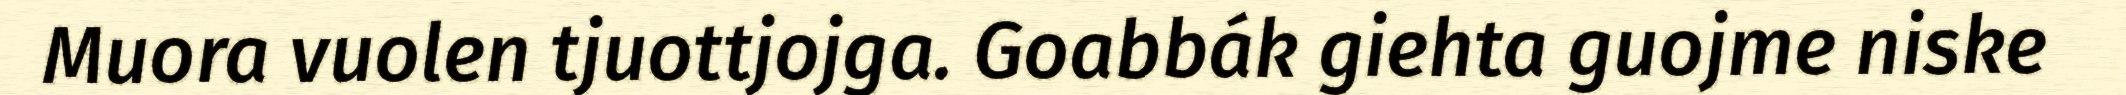
Muora vuolen tjuottjojga. Goabbák giehta guojme niske